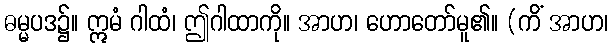
ဓမ္မပဒ၌။ ဣမံ ဂါထံ၊ ဤဂါထာကို။ အာဟ၊ ဟောတော်မူ၏။ (ကိံ အာဟ၊